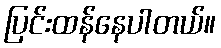
ပြင်းထန်နေပါတယ်။